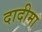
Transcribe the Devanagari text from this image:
दादीमा